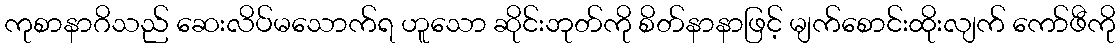
ကုစာနာဂိသည် ဆေးလိပ်မသောက်ရ ဟူသော ဆိုင်းဘုတ်ကို စိတ်နာနာဖြင့် မျက်စောင်းထိုးလျက် ကော်ဖီကို